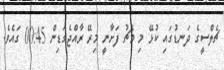
ޗެލްސީގެ ދަނޑުގައި ކުޅޭ މި މެޗު ފަށާނީ މިރޭ ރާއްޖެގަޑިން 00:45 ގައެވެ.